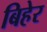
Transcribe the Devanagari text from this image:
बिहेर